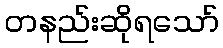
တနည်းဆိုရသော်